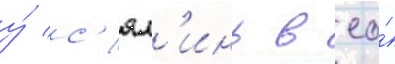
у́ с'ял'инь в ео́